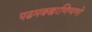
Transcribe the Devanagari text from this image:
पढमक्खरणिप्पणो